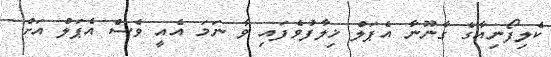
ކެލިފޯނިއާގެ ގާނޫނާ އެޕަލް ޚިލާފުވެފައި ވާ ނަމަ އެއީ ވެސް އެޕަލް އަށް